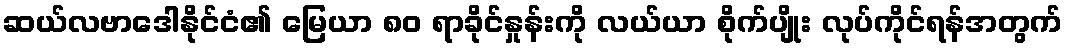
ဆယ်လဗာဒေါနိုင်ငံ၏ မြေယာ ၈၀ ရာခိုင်နှုန်းကို လယ်ယာ စိုက်ပျိုး လုပ်ကိုင်ရန်အတွက်